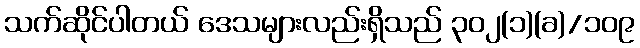
သက်ဆိုင်ပါတယ် ဒေသများလည်းရှိသည် ၃၀၂(၁)(ခ)/၁၀၉